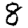
Digit: 8